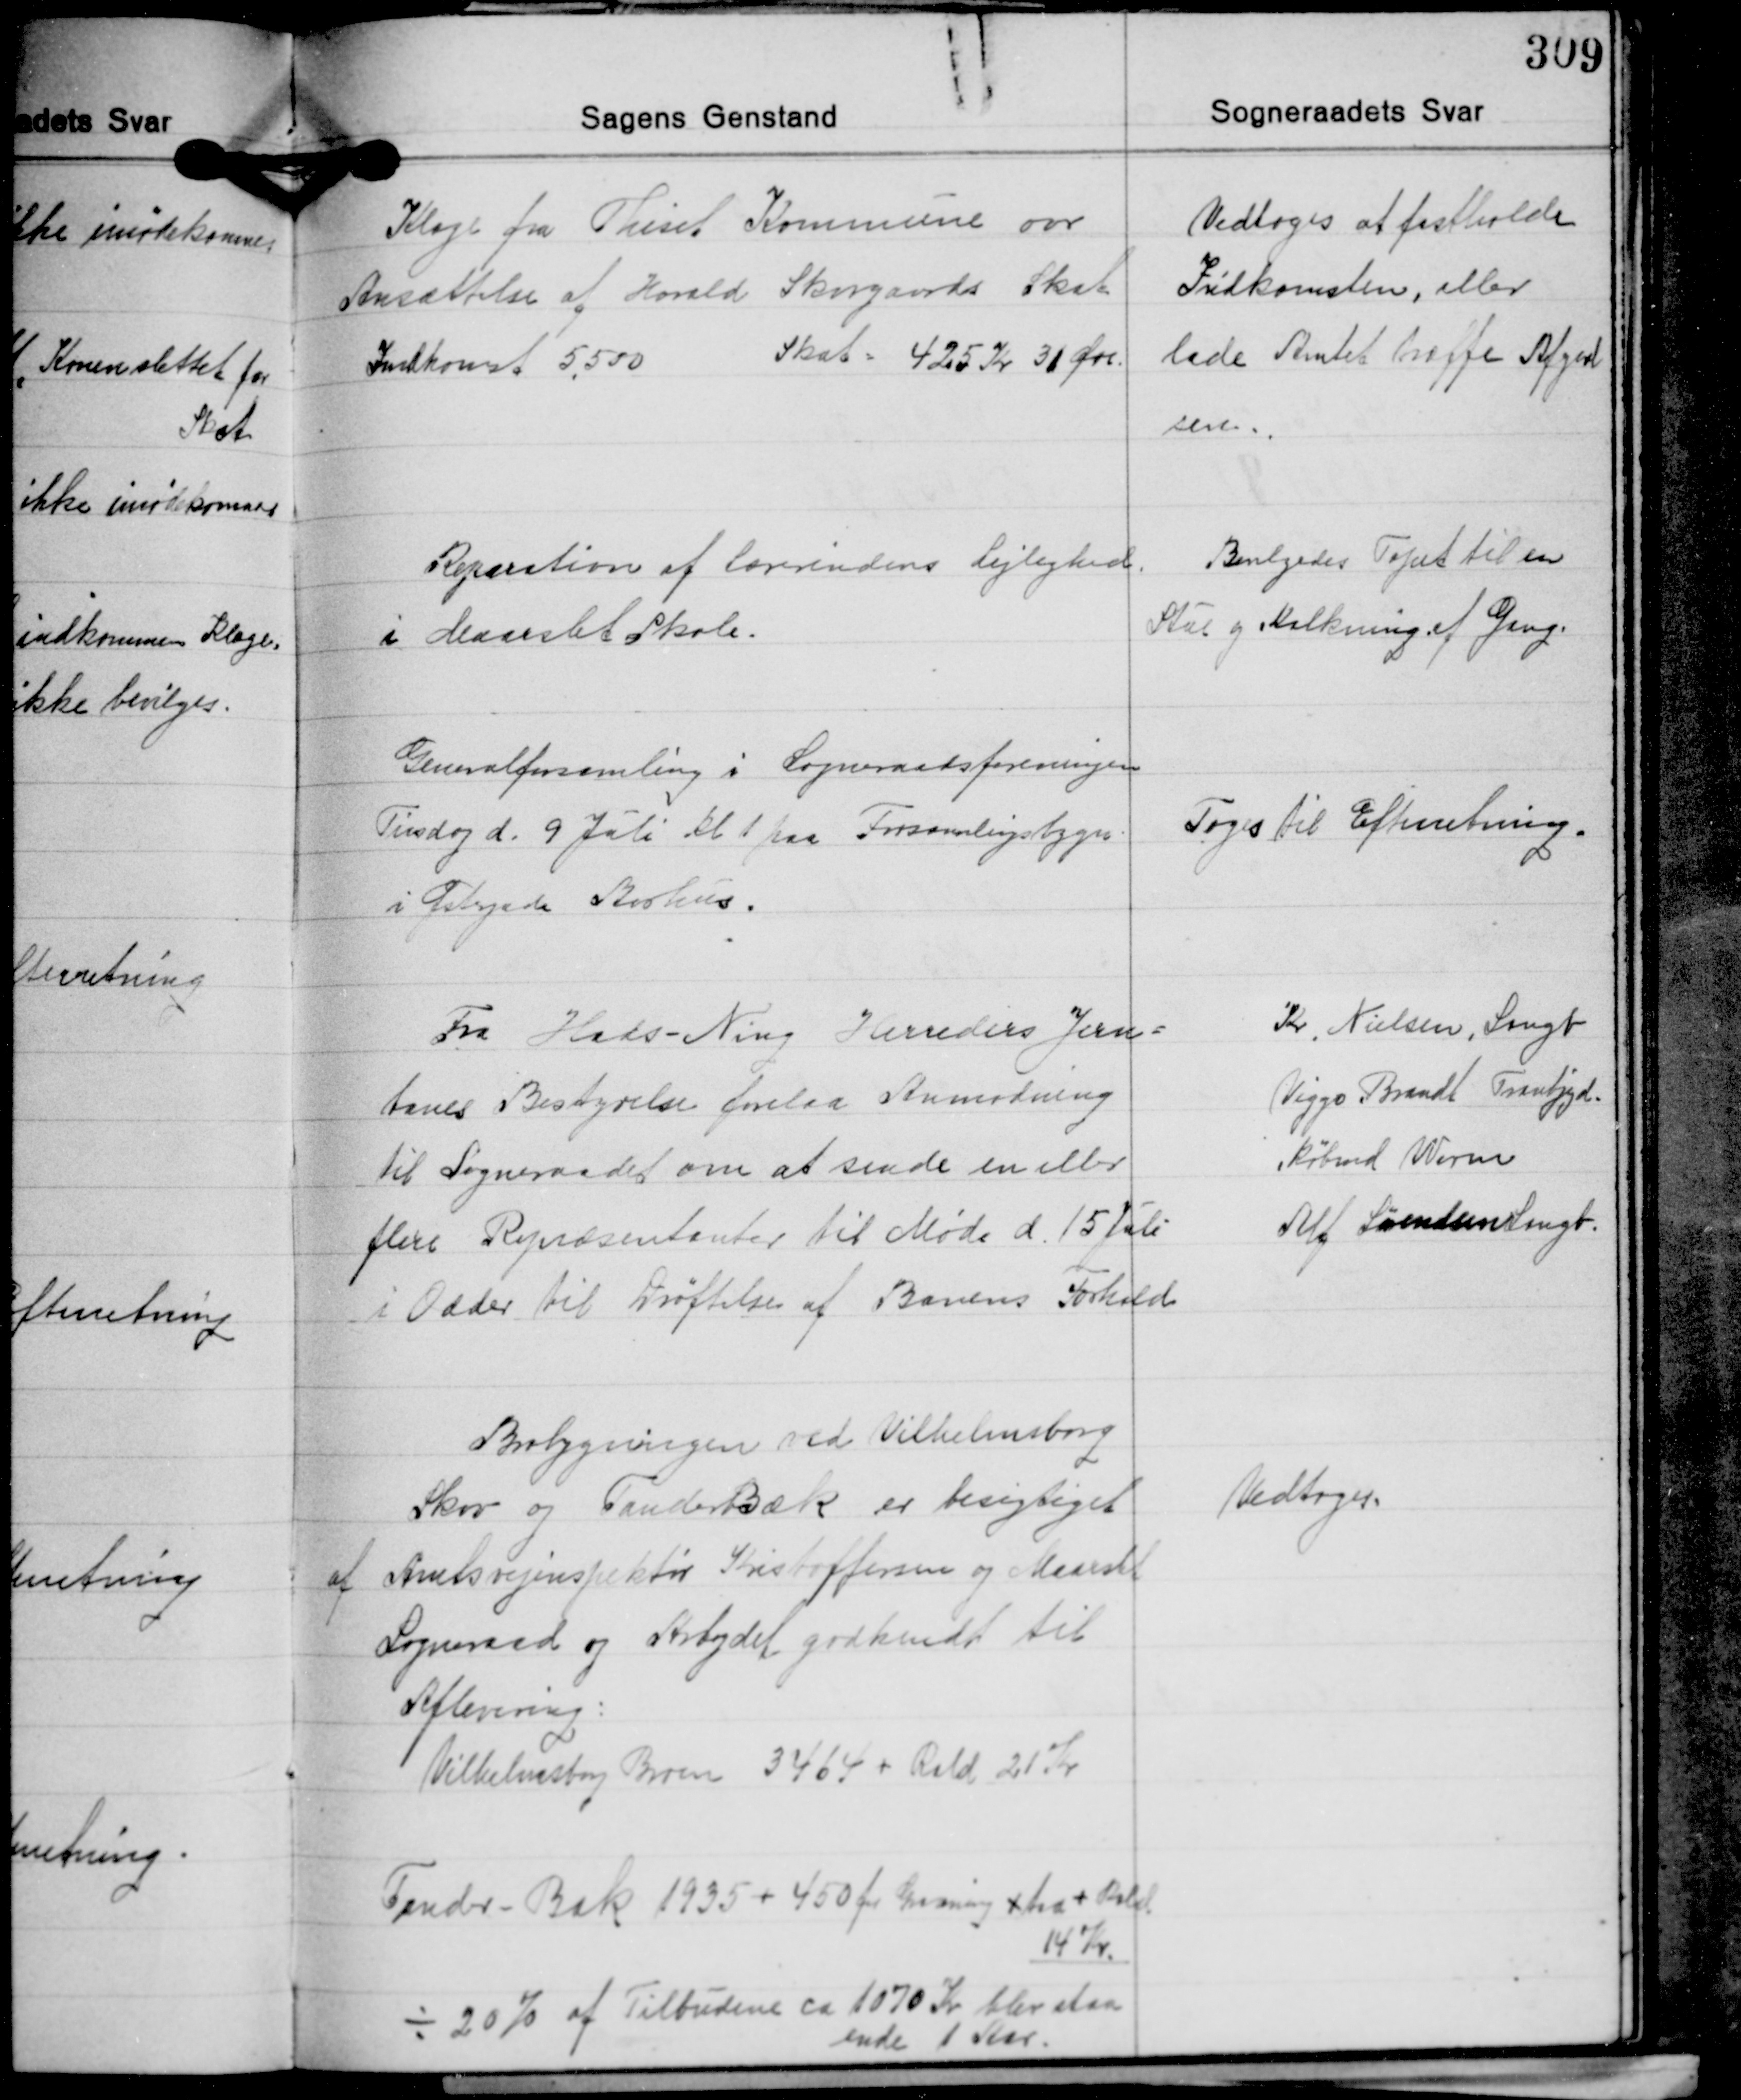
Transskription:
Klage fra Thiset Kommune over
Ansættelse af Harald Skovgaards Skat
Indkomst 5.500 Skat 425 Kr. 30 Øre.

Vedtoges at fastholde
Indkomsten, eller
lade Amtet træffe Afgørel-
sen.

Reparation af Lærerindens Lejlighed.
i Maarslet Skole.

Bevilgedes Tapet til en
Stue og Kalkning af Gang.

Generalforsamling i Sogneraadsforeningen
Tirsdag d. 9 Juli Kl. 1 paa Forsamlingsbygn.
i Østergade Aarhus.

Toges til Efterretning.

Fra Hads-Ning Herreders Jern-
banes Bestyrelse forelaa Anmodning
til Sogneraadet om at sende en eller
flere Repræsentanter til Møde d. 15 Juli
i Odder til Drøftelse af Banens Forhold

Kr. Nielsen, Langb.
Viggo Brandt Tranbjgd.
Købmd. Worm
Alf. Sørensen Langb.

Brobygningen ved Vilhelmsborg
Skov og Tander Bæk er besigtiget
af Amtsvejinspektør Kristoffersen og Maarslet
Sogneraad og Arbejdet godkendt til
Aflevering.
Vilhelmsborg Broen 3464 + Rald 21 Kr.

Vedtoges.

Tander-Bæk 1935 + 450 for Gravning + træ + Rald.
14 Kr.
÷ 20% af Tilbudene ca. 1070 Kr. blev staa-
ende 1 Aar.